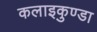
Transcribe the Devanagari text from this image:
कलाइकुण्डा